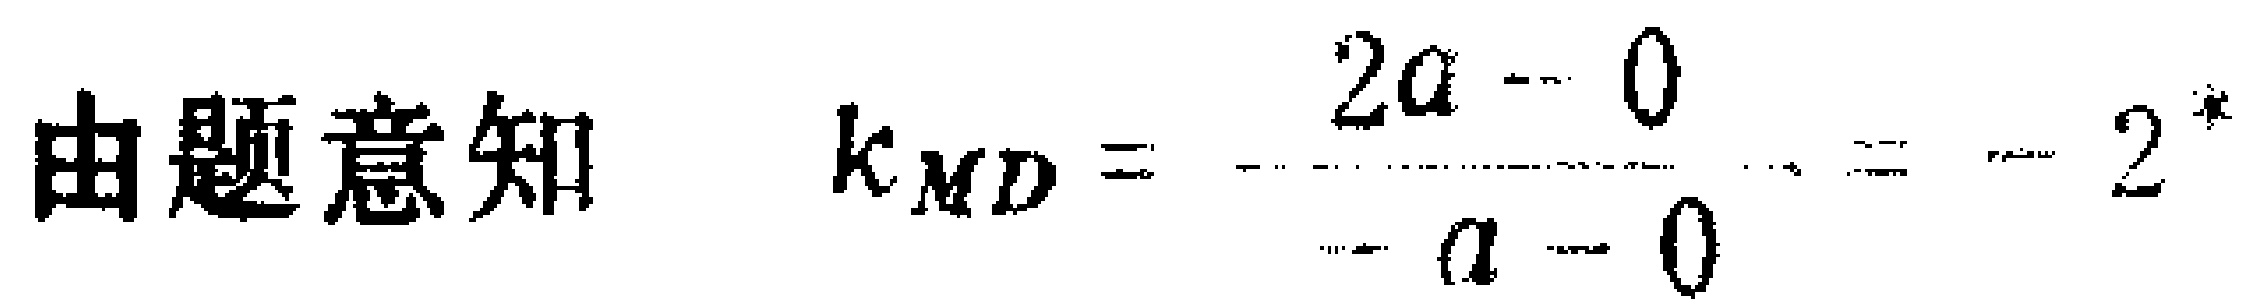
由题意知 \(k_{MD}=\frac{2a - 0}{-a - 0} = - 2\)